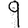
Digit: 9